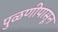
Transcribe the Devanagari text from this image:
पुळणीपासून